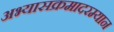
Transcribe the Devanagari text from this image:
अभ्यासक्रमादरम्यान